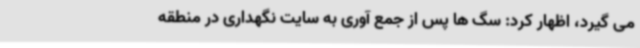
می گیرد، اظهار کرد: سگ ها پس از جمع آوری به سایت نگهداری در منطقه